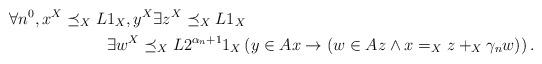
LaTeX: \begin{align*}&\forall n^0,x^X\preceq_X L1_X,y^X\exists z^X\preceq_X L1_X\\&\qquad\qquad\qquad\exists w^X\preceq_XL2^{\alpha_n+1}1_X\left(y\in Ax\rightarrow (w\in Az\land x=_Xz+_X\gamma_n w)\right).\end{align*}